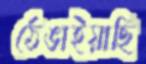
ঠেঙাইয়াছি